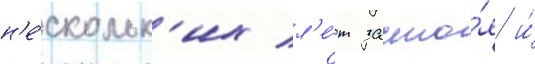
н'е́скольк'их л'е́т засто́я и́